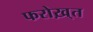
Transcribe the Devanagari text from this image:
फरोख़्त